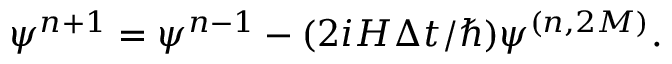
\psi ^ { n + 1 } = \psi ^ { n - 1 } - ( 2 i H \Delta t / \hbar ) \psi ^ { ( n , 2 M ) } .